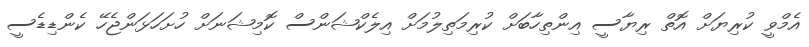
އެމްވީ ކުރިޔަށް އޮތް ރިޔާސީ އިންތިހާބަށް ކުރިމަތިލުމަށް އިލެކްޝަންސް ކޮމިޝަނަށް ހުށަހަޅަންޖެހޭ ކެންޑިޑެސީ